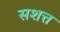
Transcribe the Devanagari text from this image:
सशत्त